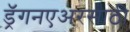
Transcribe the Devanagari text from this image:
ड्रॅगनएअरसाठी